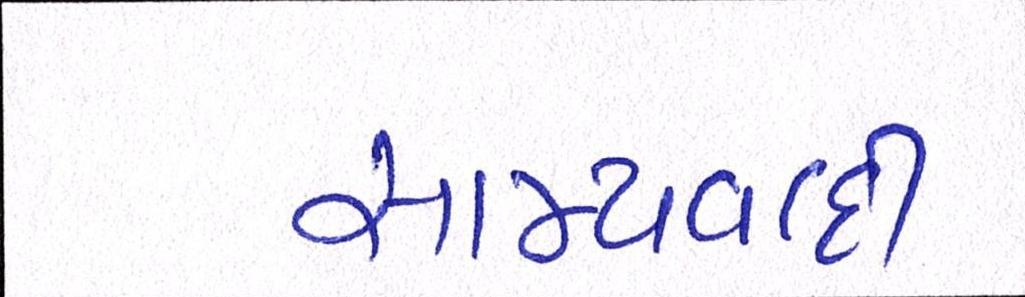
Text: સામ્યવાદી